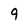
Character: 9